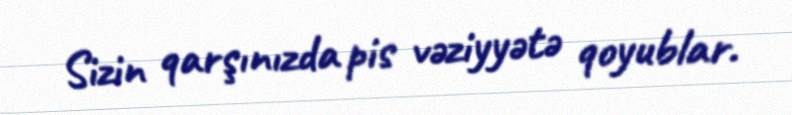
Sizin qarşınızda pis vəziyyətə qoyublar.